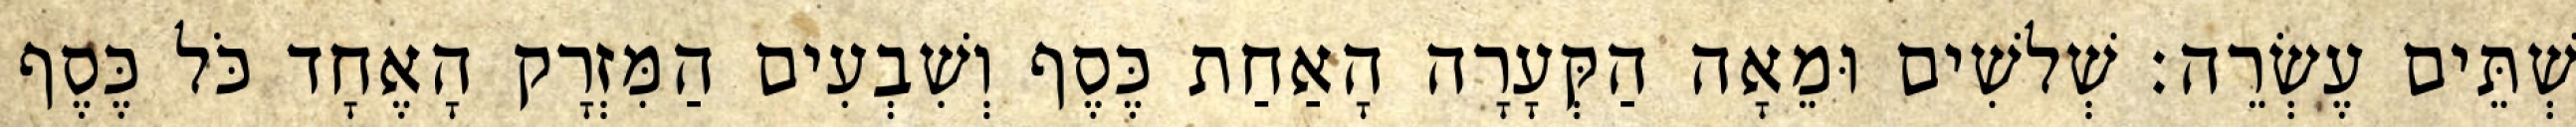
שְׁתֵּים עֶשְׂרֵה׃ שְׁלשִׁים וּמֵאָה הַקְּעָרָה הָאַחַת כֶּסֶף וְשִׁבְעִים הַמִּזְרָק הָאֶחָד כֹּל כֶּסֶף